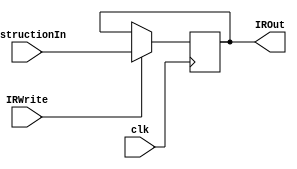
module Instruction_Register(
		input[DATA_WIDTH-1:0] InstructionIn,
		input IRWrite,
		input clk,
		output reg[DATA_WIDTH-1:0] IROut		
    );

	parameter DATA_WIDTH = 32;
	initial
		IROut <= 0;
	
	always @(posedge clk) begin
		if (IRWrite)
			IROut <= InstructionIn;
	end
endmodule